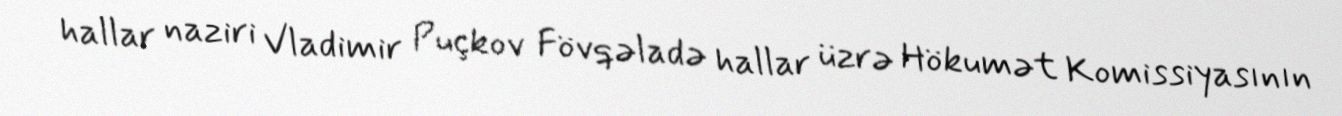
hallar naziri Vladimir Puçkov Fövqəladə hallar üzrə Hökumət Komissiyasının